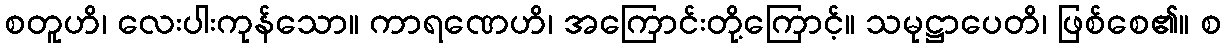
စတူဟိ၊ လေးပါးကုန်သော။ ကာရဏေဟိ၊ အကြောင်းတို့ကြောင့်။ သမုဋ္ဌာပေတိ၊ ဖြစ်စေ၏။ စ